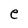
Character: e